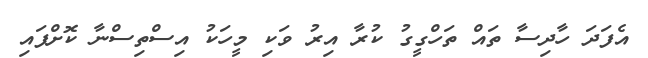
އެފަދަ ހާދިސާ ތައް ތަހްގީގު ކުރާ އިރު ވަކި މީހަކު އިސްތިސްނާ ކޮށްފައި